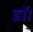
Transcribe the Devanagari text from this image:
डॉ।